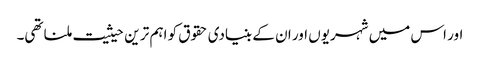
اور اس میں شہریوں اور ان کے بنیادی حقوق کو اہم تر ین حیثیت ملنا تھی۔